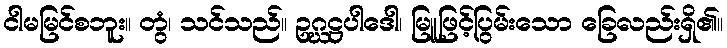
ငါမမြင်စဘူး။ တွံ၊ သင်သည်။ ဥဂ္ဃဋ္ဌပါဒေါ၊ မြူဖြင့်ပြွမ်းသော ခြေလည်းရှိ၏။